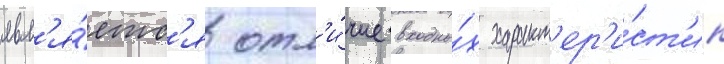
явл'я́етс'я отл'и́чие входны́х характ'ер'и́ст'ик